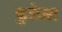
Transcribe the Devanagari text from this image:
कुलेब्रा